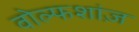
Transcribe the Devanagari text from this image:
वोल्फशांज़